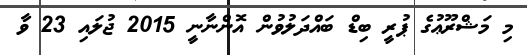
މި މަޝްރޫޢުގެ ޕުރީ ބިޑް ބައްދަލުވުން އޮންނާނީ 2015 ޖުލައި 23 ވާ